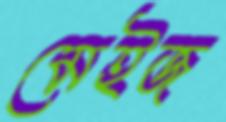
মেইজ